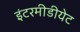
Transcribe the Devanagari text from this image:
इंटरमीडीयेट